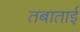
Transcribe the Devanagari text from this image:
तबाताई